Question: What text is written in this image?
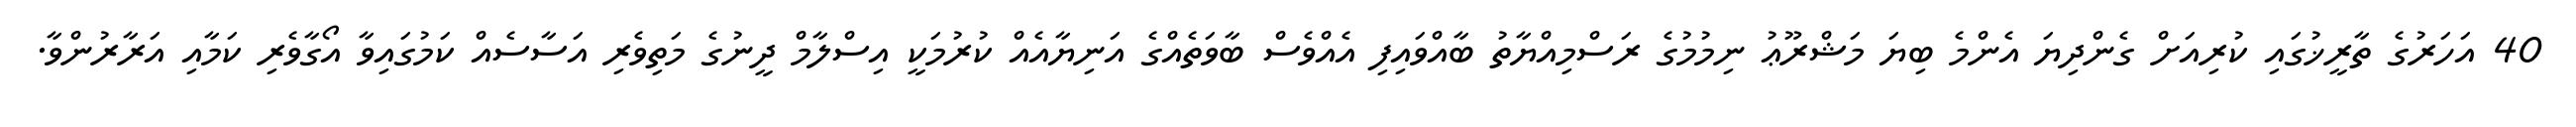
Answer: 40 އަހަރުގެ ތާރީޚުގައި ކުރިއަށް ގެންދިޔަ އެންމެ ބިޔަ މަޝްރޫޢު ނިމުމުގެ ރަސްމިއްޔާތު ބާއްވައިފި އެއްވެސް ބާވަތެއްގެ އަނިޔާއެއް ކުރުމަކީ އިސްލާމް ދީނުގެ މަތިވެރި އަސާސެއް ކަމުގައިވާ އޯގާވެރި ކަމާއި އަރާރުންވާ.